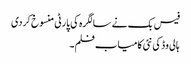
فیس بک نے سالگرہ کی پارٹی منسوخ کردی
ہالی وڈ کی نئی کامیاب فلم۔